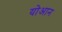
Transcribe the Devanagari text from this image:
योआन